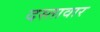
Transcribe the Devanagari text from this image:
दस्तावार